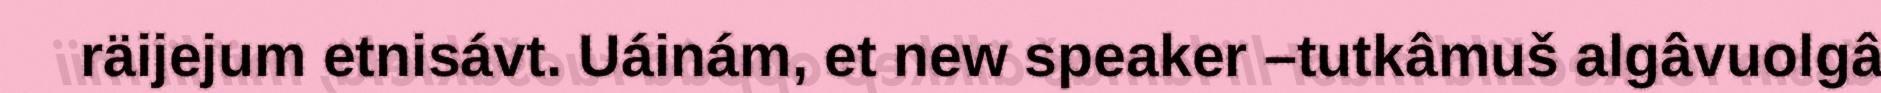
räijejum etnisávt. Uáinám, et new speaker –tutkâmuš algâvuolgâ